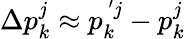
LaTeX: \Delta p_{k}^{j}\approx p_{k}^{\, ^{\prime}j}-p_{k}^{j}